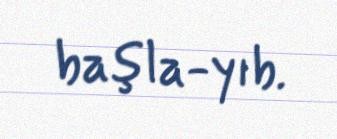
başla­yıb.